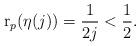
LaTeX: \begin{align*} \operatorname{r}_p(\eta(j))=\frac{1}{2j}<\frac12.\end{align*}